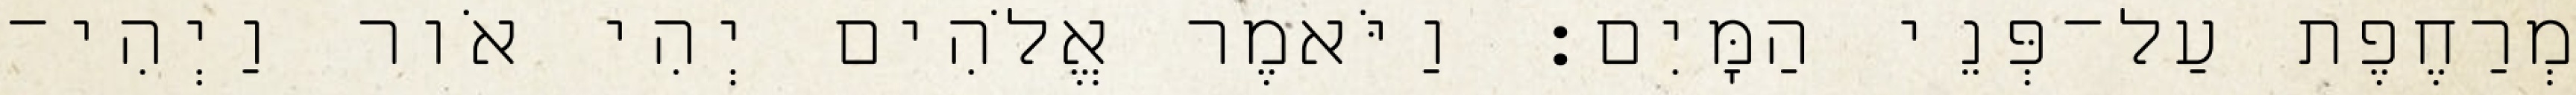
מְרַחֶפֶת עַל־פְּנֵי הַמָּיִם׃ וַיֹּאמֶר אֱלֹהִים יְהִי אֹור וַיְהִי־